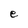
Character: e